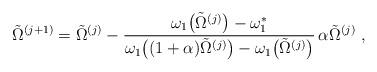
LaTeX: \begin{align*}\tilde\Omega^{(j+1)}=\tilde\Omega^{(j)} - \frac{\omega_1\big(\tilde\Omega^{(j)}\big)-\omega_1^{*}} {\omega_1\big((1+\alpha)\tilde\Omega^{(j)}\big)- \omega_1\big(\tilde\Omega^{(j)}\big)}\, \alpha\tilde\Omega^{(j)}\ ,\end{align*}